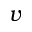
v